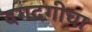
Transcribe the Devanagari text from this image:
दगदगीचा